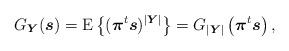
LaTeX: \begin{align*} G_{\boldsymbol{Y} } (\boldsymbol{s}) = \operatorname{E}\left\lbrace (\boldsymbol{\pi}^t \boldsymbol{s} )^{\vert \boldsymbol{Y} \vert} \right\rbrace = G_{\vert \boldsymbol{Y} \vert} \left( \boldsymbol{\pi}^t \boldsymbol{s} \right),\end{align*}